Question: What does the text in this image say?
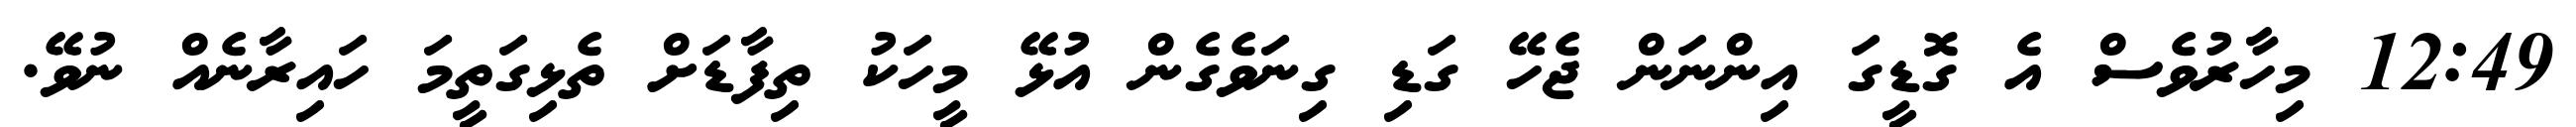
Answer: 12:49 މިހާރުވެސް އެ ގޮޑީގަ އިންނަން ޖެހޭ ގަޑި ގިނަވެގެން އުޅޭ މީހަކު ތިފާޑަށް ތެޅިގަތީމަ ހައިރާނެއް ނުވޭ.